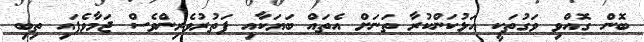
ބޮން ގޮއްވި ވަގުތަކީ އަޅުކަންކުރާ ތަނަށް އެތައް ބަޔަކާއި ފަތުރުވެރިންވެސް ޖަމާވެފައި ތިބި